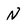
Character: N